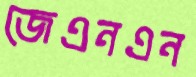
জেএনএন